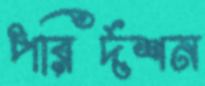
পরির্দশন